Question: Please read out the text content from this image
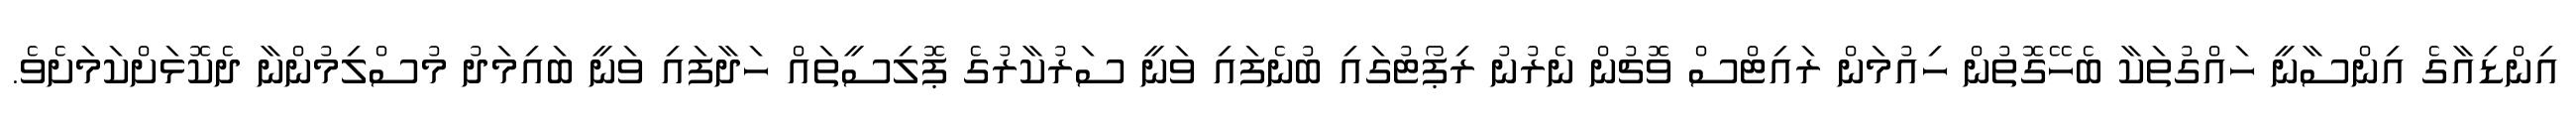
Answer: އިންޑިއާގެ އިންސާނީ ހައްގުތަކާ ބެހޭގޮތުން ހިއުމަން ރައިޓްސް ވޮޗުން ނެރުނު ރިޕޯޓުގައި ބުނެފައި ވަނީ ސަރުކާރުގެ ޕޮލިސީތައް ހަދާފައި ވަނީ ބައިމަދު މުސްލިމުންނާ ދެކޮޅަށްކަމަށެވެ.